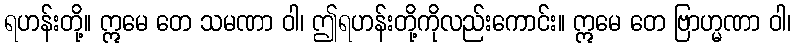
ရဟန်းတို့။ ဣမေ တေ သမဏာ ဝါ၊ ဤရဟန်းတို့ကိုလည်းကောင်း။ ဣမေ တေ ဗြာဟ္မဏာ ဝါ၊